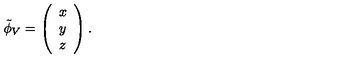
\tilde { \phi } _ { V } = \left( \begin{array} { c } { x } \\ { y } \\ { z } \\ \end{array} \right) .